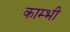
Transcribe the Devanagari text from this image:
काम्भी